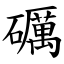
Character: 礪